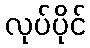
လုပ်ပိုင်